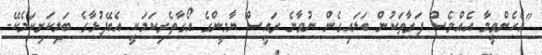
"އެހެންވީމާ އެއްވެސް ފަރާތަކުން ބަލައިގެން ނުވާނެ ރައީސް ޔާމީންގެ އޯގާތެރިކަމަކީ އެބޭފުޅާގެ ބަލިކަށިކަމެކޭ.